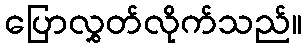
ပြောလွှတ်လိုက်သည်။